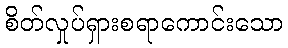
စိတ်လှုပ်ရှားစရာကောင်းသော